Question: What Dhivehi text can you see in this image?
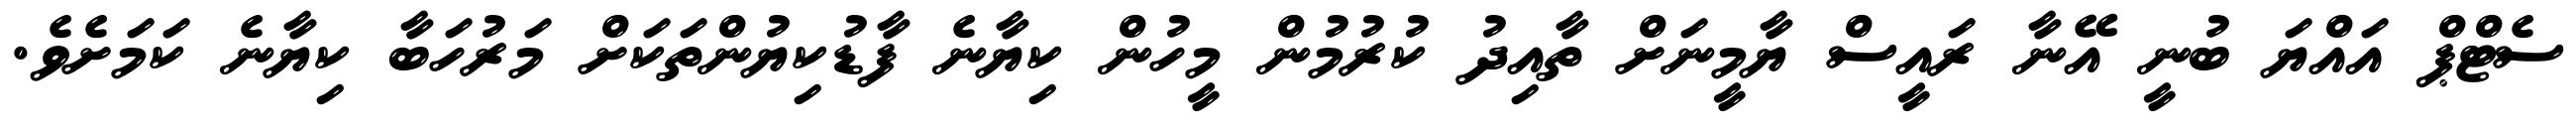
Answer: ސެޓްޕް އައްޔަ ބުނީ އޭނާ ރައީސް ޔާމީނަށް ތާއިދު ކުރުމުން މީހުން ކިޔާނެ ފާޑުކިޔުންތަކަށް މަރުހަބާ ކިޔާނެ ކަމަށެވެ.